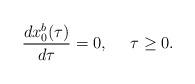
LaTeX: \begin{align*} \frac{dx_{0}^{b}(\tau)}{d\tau}=0,\ \ \ \ \tau\ge 0.\end{align*}